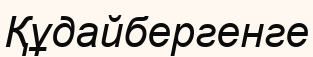
Құдайбергенге